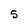
Character: S